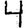
Digit: 4